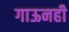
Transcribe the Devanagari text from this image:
गाऊनही